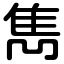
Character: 雋